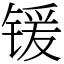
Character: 锾